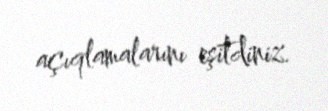
açıqlamalarını eşitdiniz.